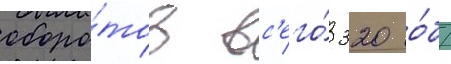
оборо́тов вс'его́ 320 о́б/